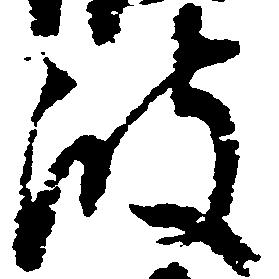
波